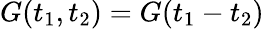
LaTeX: G(t_{1},t_{2})=G(t_{1}-t_{2})